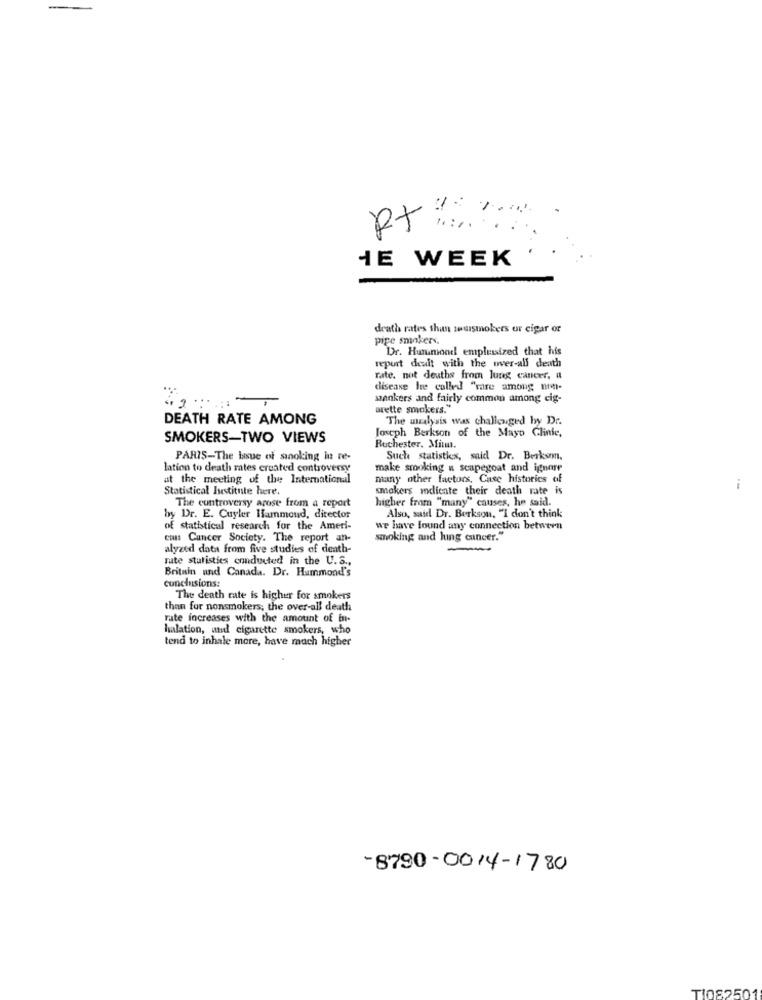
RX .....
IE WEEK
death rates than seusmokers ur cigar or
pipe smokers.
Dr. Hummond emplussized that his
repurt dealt with the over-all death
rate. not deaths from lung cancer, a
disease he called "rare among non-
stankers and fairly common among cig-
arette smokers."
DEATH RATE AMONG
The aralysis was challenged by Dr.
SMOKERS-TWO VIEWS
Joseph Berkson of the Mayo Clinic,
Rochester, Mium.
PARIS-The Issue of sinoking in re-
Such statistics, said Dr. Berksomn.
lation to death rates created controversy
make srooking a scapegoat and ignore
at the meeting of the International
many other factors, Case histories of
Statistical Institute here.
smokers indiente their death rate is
The controversy arose from a report
higher from "many" causes, he said.
by Dr. E. Cuyler Hammoud, director
Also, said Dr. Berkson, "I don't think
of statistical research for the Ameri-
we have found any connection between
can: Cancer Society. The report an-
smoking and lung cancer."
alyzed data from five studies of death-
rate statistics conducted in the U.S .,
Britain and Canada. Dr. Hummond's
conclusions:
The death rate is higher for smokers
than for nonsmokers; the over-all death
rate increases with the amount of in-
halation, und cigarette smokers, who
tend to inhale more, have much higher
-8790-0014-1780
TI082501